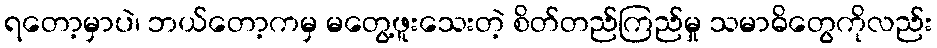
ရတော့မှာပဲ၊ ဘယ်တော့ကမှ မတွေ့ဖူးသေးတဲ့ စိတ်တည်ကြည်မှု သမာဓိတွေကိုလည်း